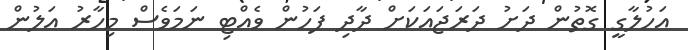
އަހުލާގީ ގޮތުން ދަށު ދަރަޖައަކަށް ދާދި ފަހުން ވެއްޓި ނަމަވެސް މިހާރު އަލުން